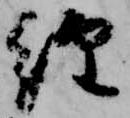
経